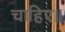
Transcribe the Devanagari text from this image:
चाहिए॥